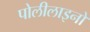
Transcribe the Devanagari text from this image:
पोलीलाइनों